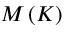
M \left( K \right)